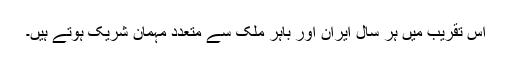
اس تقریب میں ہر سال ایران اور باہر ملک سے متعدد مہمان شریک ہوتے ہیں۔